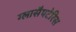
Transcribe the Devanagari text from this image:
ग्लासैपटेरिस